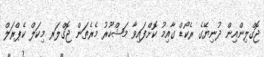
ޖޮގްލިންއިން ދުނިޔޭގެ ރެކޯޑް ގާއިމު ކޮށްފައިވާ މަޝްހޫރު މެރެތަން ޖޮގްލަރ މިކަލް ކެޕްރަލް